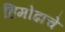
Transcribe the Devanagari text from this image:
हिमोढाचे